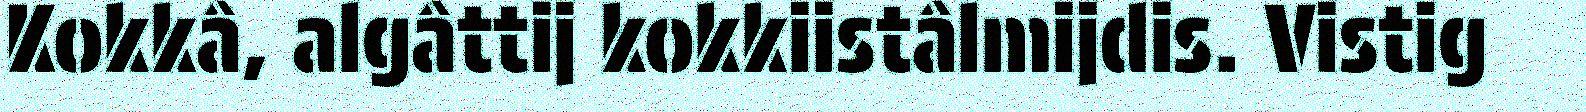
Kokkâ, algâttij kokkiistâlmijdis. Vistig